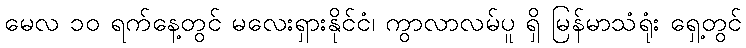
မေလ ၁၀ ရက်နေ့တွင် မလေးရှားနိုင်ငံ၊ ကွာလာလမ်ပူ ရှိ မြန်မာသံရုံး ရှေ့တွင်